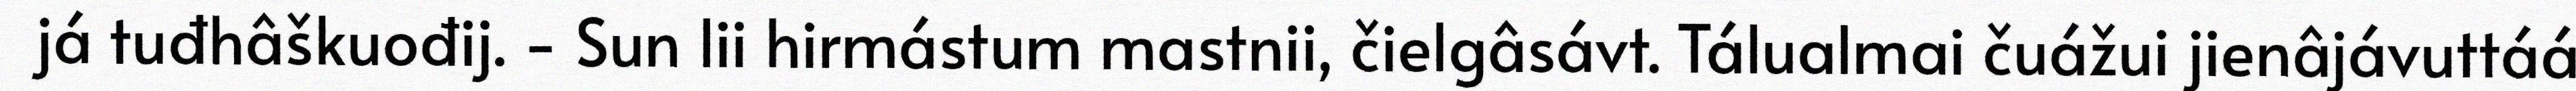
já tuđhâškuođij. - Sun lii hirmástum mastnii, čielgâsávt. Tálualmai čuážui jienâjávuttáá